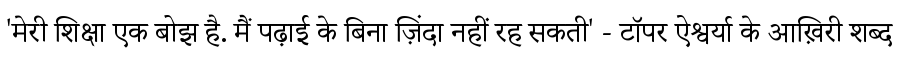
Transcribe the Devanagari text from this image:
'मेरी शिक्षा एक बोझ है. मैं पढ़ाई के बिना ज़िंदा नहीं रह सकती' - टॉपर ऐश्वर्या के आख़िरी शब्द